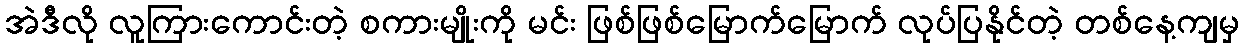
အဲဒီလို လူကြားကောင်းတဲ့ စကားမျိုးကို မင်း ဖြစ်ဖြစ်မြောက်မြောက် လုပ်ပြနိုင်တဲ့ တစ်နေ့ကျမှ